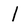
Character: l